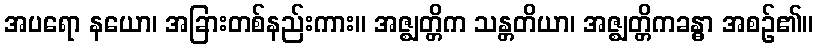
အပရော နယော၊ အခြားတစ်နည်းကား။ အဇ္ဈတ္တိက သန္တတိယာ၊ အဇ္ဈတ္တိကခန္ဓာ အစဉ်၏။